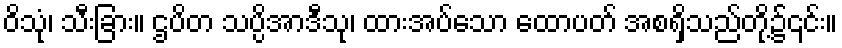
ဝိသုံ၊ သီးခြား။ ဌပိတ သပ္ပိအာဒီသု၊ ထားအပ်သော ထောပတ် အစရှိသည်တို့၌၎င်း။